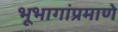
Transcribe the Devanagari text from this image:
भूभागांप्रमाणे